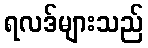
ရလဒ်များသည်